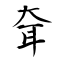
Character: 耷